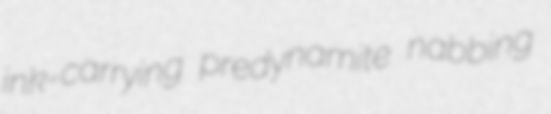
ink-carrying predynamite nabbing